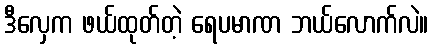
ဒီလှေက ဖယ်ထုတ်တဲ့ ရေပမာဏ ဘယ်လောက်လဲ။